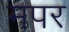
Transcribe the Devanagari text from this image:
मपर